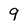
Character: 9